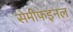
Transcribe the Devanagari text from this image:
सेमीफइनल